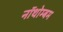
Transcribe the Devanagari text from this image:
नॉथोम्बम